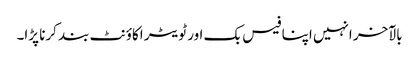
بالآخر انہیں اپنا فیس بک اور ٹویٹر اکاؤنٹ بند کرنا پڑا۔